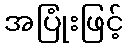
အပြုံးဖြင့်